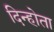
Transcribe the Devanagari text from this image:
दिन्होता